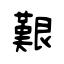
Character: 艱